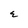
Character: E